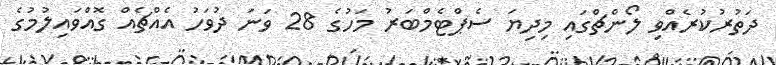
ދަތުރުކުރެއްވި ލޯންޗްގައި މިދިޔަ ސެޕްޓެމްބަރު މަހުގެ 28 ވަނަ ދުވަހު އެއްޗެއް ގޮއްވައިލުމުގެ